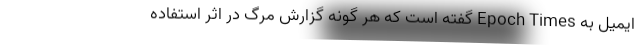
ایمیل به Epoch Times گفته است که هر گونه گزارش مرگ در اثر استفاده